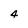
Character: 4